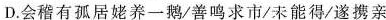
D.会稽有孤居绷养一鹅/善鸣求市/未能得/遂携亲